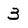
Character: 3